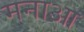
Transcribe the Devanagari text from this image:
मनाआ